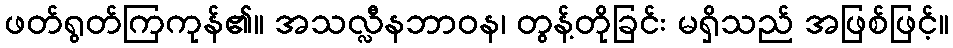
ဖတ်ရွတ်ကြကုန်၏။ အသလ္လီနဘာဝန၊ တွန့်တိုခြင်း မရှိသည် အဖြစ်ဖြင့်။